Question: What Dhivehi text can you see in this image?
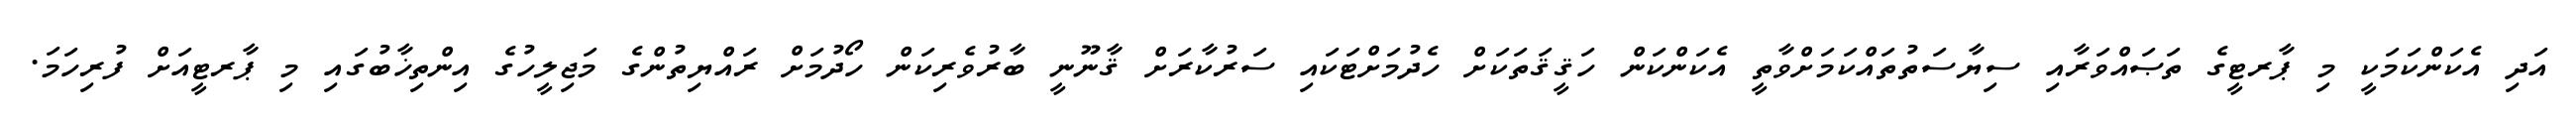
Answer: އަދި އެކަންކަމަކީ މި ޕާރޓީގެ ތަޞައްވަރާއި ސިޔާސަތުތައްކަމަށްވާތީ އެކަންކަން ހަޤީޤަތަކަށް ހެދުމަށްޓަކައި ސަރުކާރަށް ޤާނޫނީ ބާރުވެރިކަން ހޯދުމަށް ރައްޔިތުންގެ މަޖިލީހުގެ އިންތިޚާބުގައި މި ޕާރޓީއަށް ފުރިހަމަ.